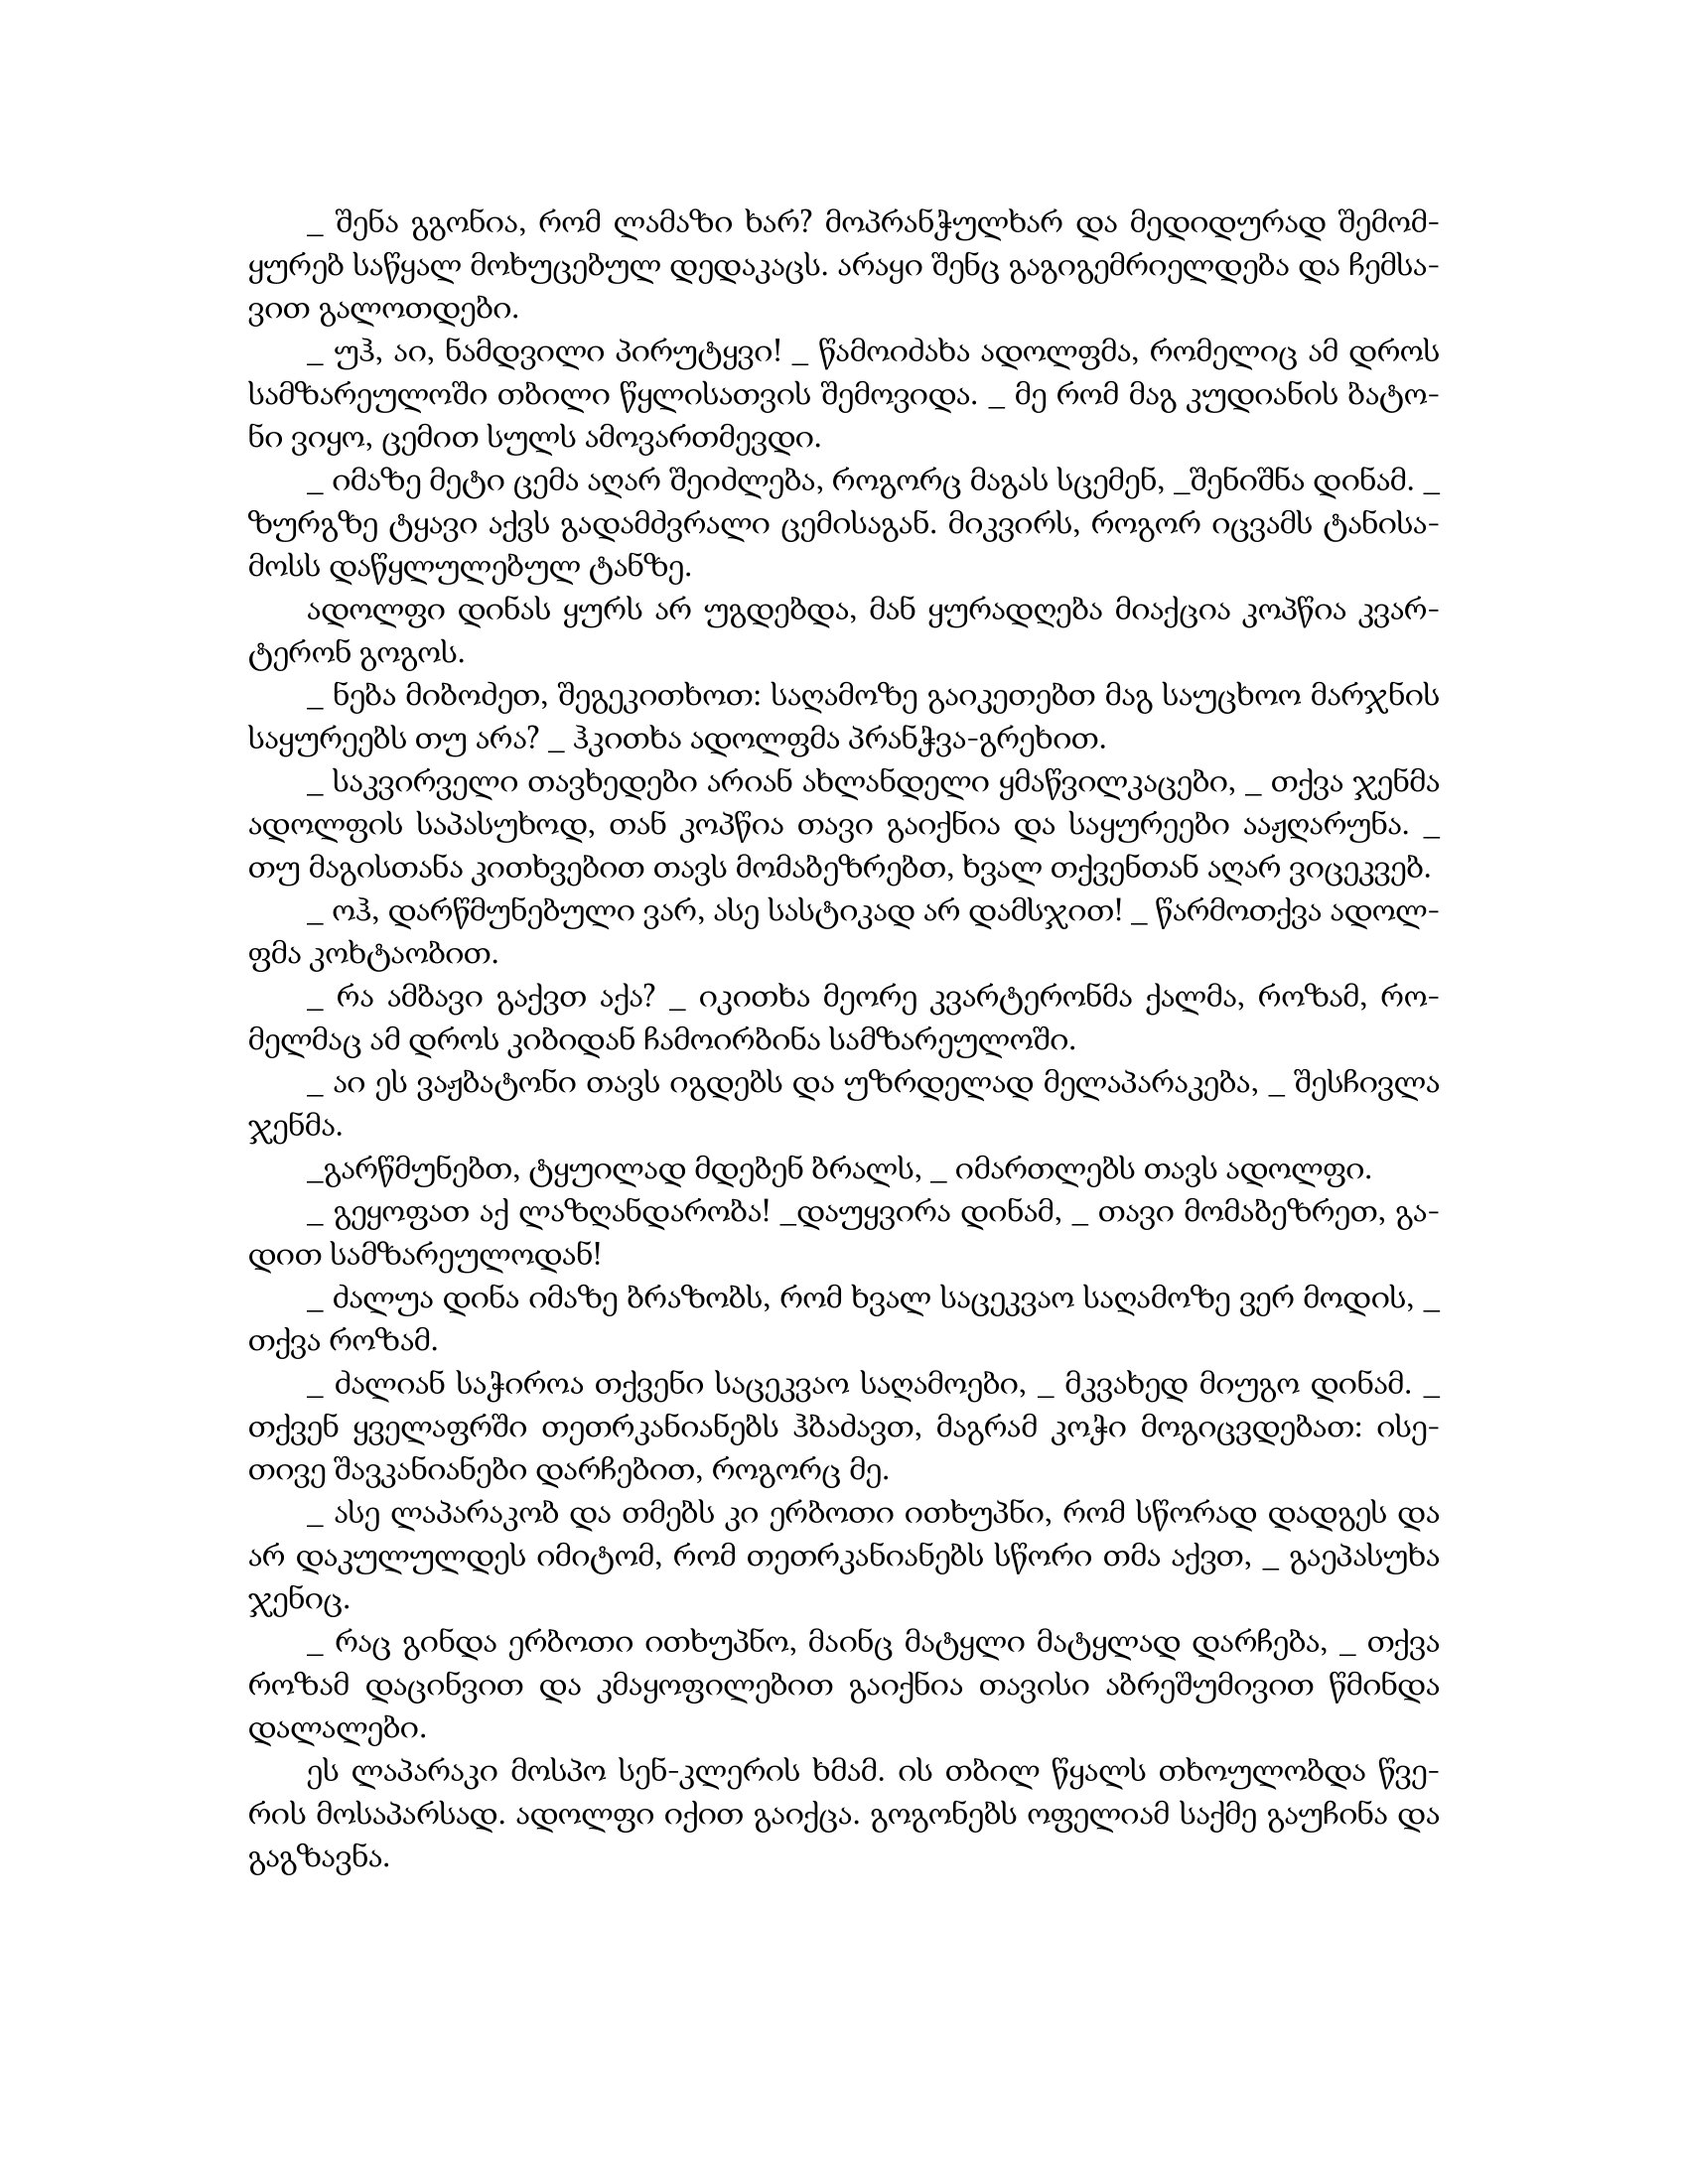
Language: gr